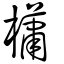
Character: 櫹